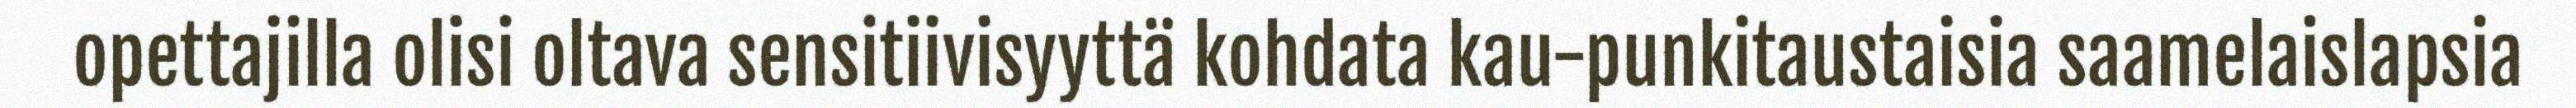
opettajilla olisi oltava sensitiivisyyttä kohdata kau-punkitaustaisia saamelaislapsia